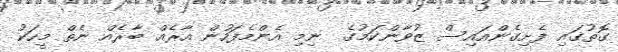
ގޮތުގައި ފެށިގެންއައިސް ޒުވާންކަމުގެ  ނިމި އެންމެފަހުން އާރެއް ބާރެއް ނެތް މީހަކު